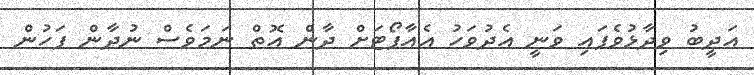
އަދީބު ވިދާޅުވެފައި ވަނީ އެދުވަހު އެއާޕޯޓަށް ދާން އޮތް ނަމަވެސް ނުދާން ފަހުން